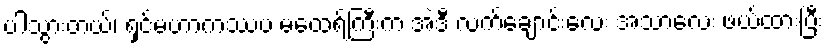
ပါသွားတယ်၊ ရှင်မဟာကဿပ မထေရ်ကြီးက အဲဒီ လက်ချောင်းလေး အသာလေး ဖယ်ထားပြီး